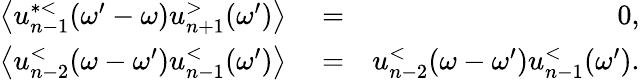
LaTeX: \begin{array}{rlr}{\left\langle u_{n-1}^{*<}(\omega^{\prime}-\omega)u_{n+1}^{>}(\omega^{\prime})\right\rangle}&{{}=}&{0,}\\ {\left\langle u_{n-2}^{<}(\omega-\omega^{\prime})u_{n-1}^{<}(\omega^{\prime})\right\rangle}&{{}=}&{u_{n-2}^{<}(\omega-\omega^{\prime})u_{n-1}^{<}(\omega^{\prime}).}\end{array}